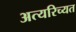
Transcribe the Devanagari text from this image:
अत्यरिच्यत